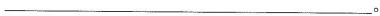
___。